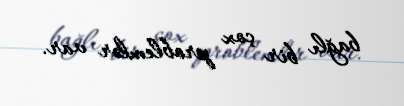
bağlı bir çox problemlər var.